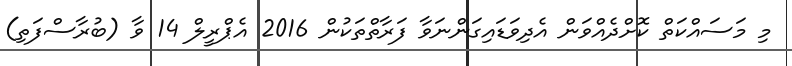
މި މަސައްކަތް ކޮށްދެއްވަން އެދިވަޑައިގަންނަވާ ފަރާތްތަކުން 2016 އެޕްރީލް 14 ވާ (ބުރާސްފަތި)